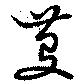
芟